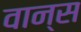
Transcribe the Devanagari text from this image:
वान्स